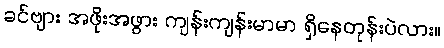
ခင်ဗျား အဖိုးအဖွား ကျန်းကျန်းမာမာ ရှိနေတုန်းပဲလား။